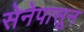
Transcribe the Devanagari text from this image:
सेनेपासून